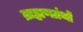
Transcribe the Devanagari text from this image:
ब्राह्मणग्रंथों